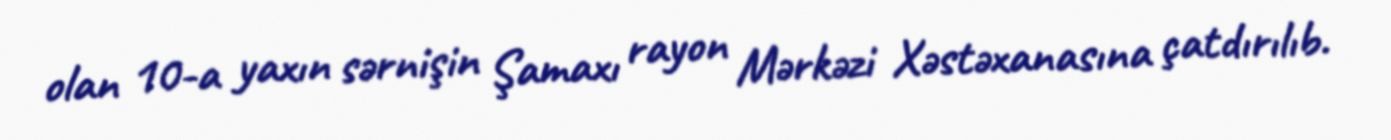
olan 10-a yaxın sərnişin Şamaxı rayon Mərkəzi Xəstəxanasına çatdırılıb.